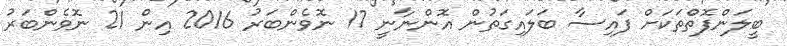
ބީލަންފޮތްތަކަށް ފައިސާ ބަލައިގަތުން އޮންނާނީ 17 ނޮވެންބަރު 2016 އިން 21 ނޮވެންބަރު